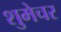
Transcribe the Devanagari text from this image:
शुमेचर